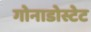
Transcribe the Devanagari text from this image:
गोनाडोस्टेट